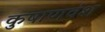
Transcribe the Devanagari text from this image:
कुषाणवंश